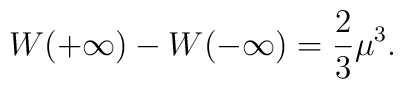
W(+ \infty) - W(- \infty) =  {2\over 3} \mu^3.